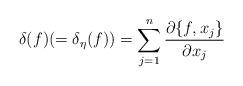
LaTeX: \begin{align*}\delta(f)(=\delta_{\eta}(f))=\sum_{j=1}^n \frac{\partial\{ f,x_j\}}{\partial x_j}\end{align*}